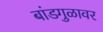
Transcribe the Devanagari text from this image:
बांडगुळावर